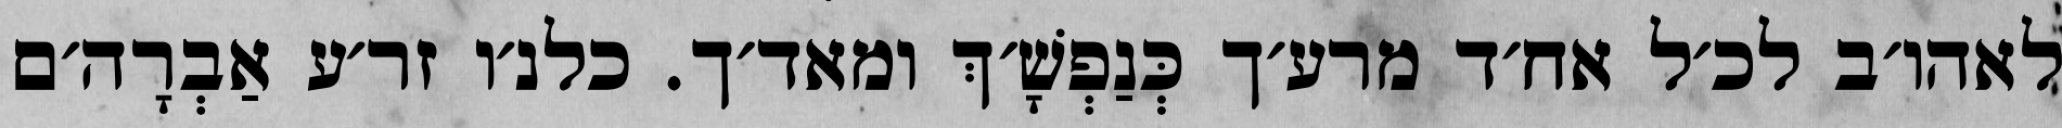
לאהו׳ב לכ׳ל אח׳ד מרע׳ך כְּנַפְשָׁ׳ךְ ומאד׳ך. כלנ׳ו זר׳ע אַבְרָה׳ם